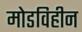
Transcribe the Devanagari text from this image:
मोडविहीन